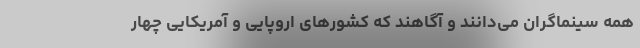
همه سینماگران می‌دانند و آگاهند که کشورهای اروپایی و آمریکایی چهار